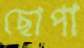
ছোপা